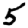
Digit: 5